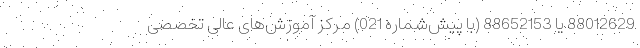
88012629 یا 88652153 (با پیش‌شماره 021) مرکز آموزش‌های عالی تخصصی